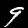
Digit: 9